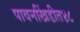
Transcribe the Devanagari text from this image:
पावनखिंडीत४८